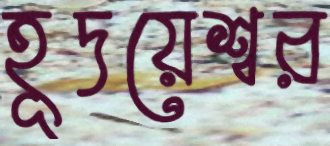
হূদয়েশ্বর